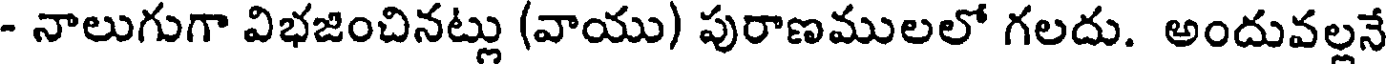
- నాలుగుగా విభజించినట్లు (వాయు) పురాణములలో గలదు. అందువల్లనే